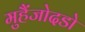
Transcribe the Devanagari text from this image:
मुहैंजोदडो